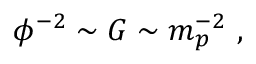
\phi ^ { - 2 } \sim G \sim m _ { p } ^ { - 2 } ~ ,